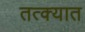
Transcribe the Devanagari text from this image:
तत्क्यात